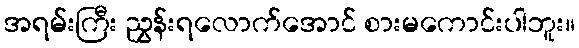
အရမ်းကြီး ညွှန်းရလောက်အောင် စားမကောင်းပါဘူး။